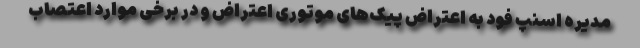
مدیره اسنپ فود به اعتراض پیک‌های موتوری اعتراض و در برخی موارد اعتصاب